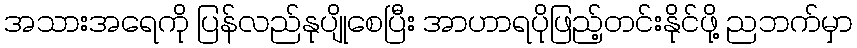
အသားအရေကို ပြန်လည်နုပျိုစေပြီး အာဟာရပိုဖြည့်တင်းနိုင်ဖို့ ညဘက်မှာ